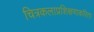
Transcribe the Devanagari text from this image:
चित्रकलाप्रशिक्षणाकरिता